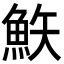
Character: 𩶇